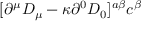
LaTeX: [ \partial ^ { \mu } D _ { \mu } - \kappa \partial ^ { 0 } D _ { 0 } ] ^ { a \beta } c ^ { \beta }